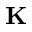
\textbf { K }